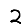
Digit: 2